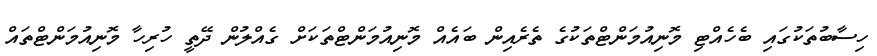
ހިސާބުތަކުގައި ބެހެއްޓި މޮނިއުމަންޓްތަކުގެ ތެރެއިން ބައެއް މޮނިއުމަންޓްތަކަށް ގެއްލުން ދޭތީ ހުރިހާ މޮނިއުމަންޓްތައް